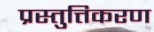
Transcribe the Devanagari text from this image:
प्रस्तुत्तिकरण